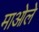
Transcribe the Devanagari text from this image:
माओले